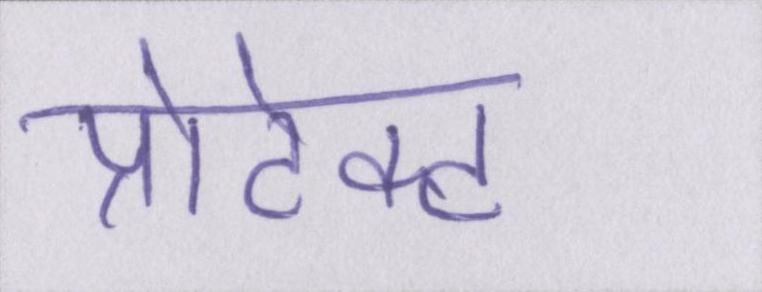
प्रोटेक्ट